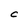
Character: C